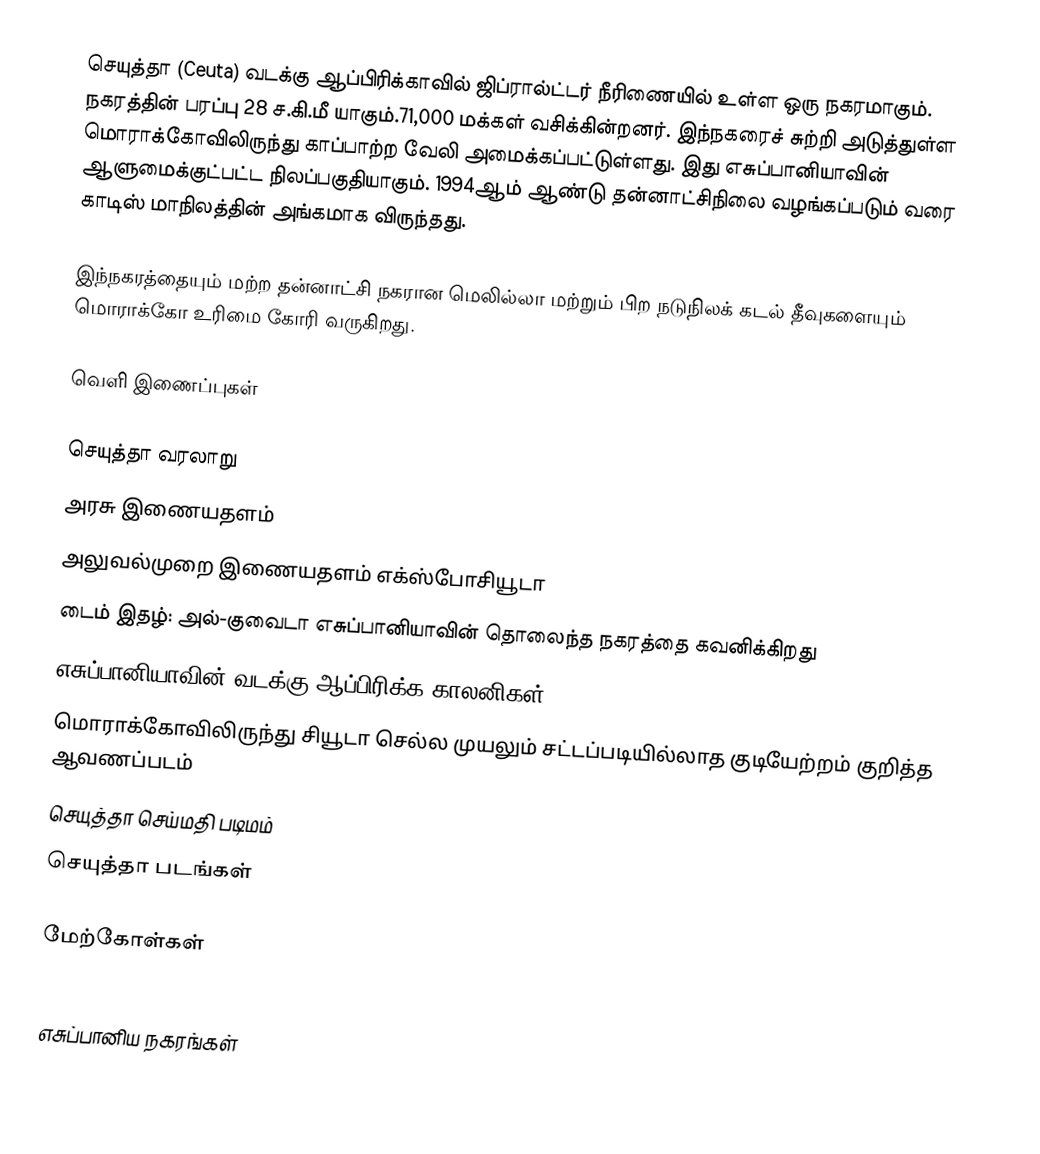
செயுத்தா (Ceuta) வடக்கு ஆப்பிரிக்காவில் ஜிப்ரால்ட்டர் நீரிணையில் உள்ள ஒரு நகரமாகும். நகரத்தின் பரப்பு 28 ச.கி.மீ யாகும்.71,000 மக்கள் வசிக்கின்றனர். இந்நகரைச் சுற்றி அடுத்துள்ள மொராக்கோவிலிருந்து காப்பாற்ற வேலி அமைக்கப்பட்டுள்ளது. இது எசுப்பானியாவின் ஆளுமைக்குட்பட்ட நிலப்பகுதியாகும். 1994ஆம் ஆண்டு தன்னாட்சிநிலை வழங்கப்படும் வரை காடிஸ் மாநிலத்தின் அங்கமாக விருந்தது.

இந்நகரத்தையும் மற்ற தன்னாட்சி நகரான மெலில்லா மற்றும் பிற நடுநிலக் கடல் தீவுகளையும் மொராக்கோ உரிமை கோரி வருகிறது.

வெளி இணைப்புகள்

  செயுத்தா வரலாறு
  அரசு இணையதளம்
  அலுவல்முறை இணையதளம் எக்ஸ்போசியூடா
 டைம் இதழ்: அல்-குவைடா எசுப்பானியாவின் தொலைந்த நகரத்தை கவனிக்கிறது
 எசுப்பானியாவின் வடக்கு ஆப்பிரிக்க காலனிகள்
 மொராக்கோவிலிருந்து சியூடா செல்ல முயலும் சட்டப்படியில்லாத குடியேற்றம் குறித்த ஆவணப்படம்
 செயுத்தா செய்மதி படிமம்
 செயுத்தா படங்கள்

மேற்கோள்கள்

எசுப்பானிய நகரங்கள்